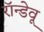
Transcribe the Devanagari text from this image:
रॉन्डेवू